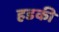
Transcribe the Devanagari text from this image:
हडकी